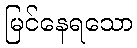
မြင်နေရသော